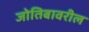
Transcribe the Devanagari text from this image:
जोतिबावरील